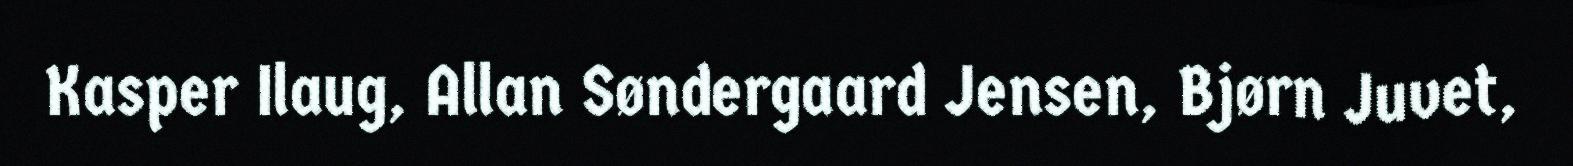
Kasper Ilaug, Allan Søndergaard Jensen, Bjørn Juvet,